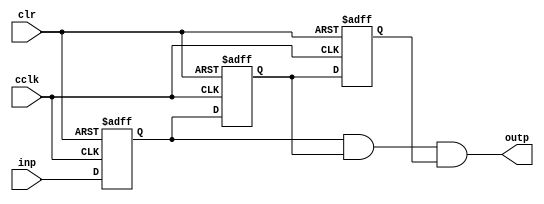
`timescale 1ns / 1ps
//////////////////////////////////////////////////////////////////////////////////
// Company: 
// Engineer: 
// 
// Design Name: 
// Module Name: debounce_fsm
// Project Name: 
// Target Devices: 
// Tool Versions: 
// Description: 
// 
// Dependencies: 
// 
// Revision:
// Revision 0.01 - File Created
// Additional Comments:
// 
//////////////////////////////////////////////////////////////////////////////////


module debounce_fsm(

    input wire inp,             // configration on FPGA buttom
    input wire cclk,            // clock from FPGA 50 MHz
    input wire clr,             // reset function , configration on FPGA switch   
    output wire outp            // output signal after debouncing    
 );
	 
    reg delay1;
    reg delay2;
    reg delay3;

    always @(posedge cclk or posedge clr )
        begin
			if (clr == 1)               // clr = reset
				begin 
					delay1 <= 1'b0;     // reset to 0
					delay2 <= 1'b0;
					delay3 <= 1'b0;
				end
			else
				begin
					delay1 <= inp;        //  inp = press FPGA buttom
					delay2 <= delay1;
					delay3 <= delay2;
				end
	 end
		
	 assign outp = delay1 & delay2 & delay3;     //  input & 2 delay signal  


endmodule